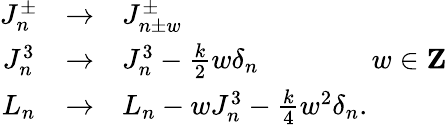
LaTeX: \begin{array}{ccl}{{J_{n}^{\pm}}}&{{\rightarrow}}&{{J_{n\pm w}^{\pm}}}\\ {{J_{n}^{3}}}&{{\rightarrow}}&{{J_{n}^{3}-{\frac{k}{2}}w\delta_{n}\qquad\qquad w\in{\mathbf Z}}}\\ {{L_{n}}}&{{\rightarrow}}&{{L_{n}-wJ_{n}^{3}-{\frac{k}{4}}w^{2}\delta_{n}.}}\end{array}